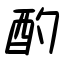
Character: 酌